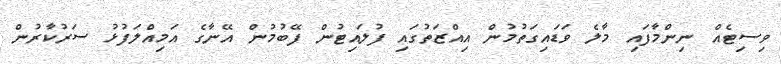
ވިސިޓެއް ނިންމާފައި މާލެ ވަޑައިގަތުމުން އިއްޒަތުގައި ފުލައިޓުން ފޭބުމުން އޭނާގެ އަމިއްލަފުޅު ސަރުކާރުން